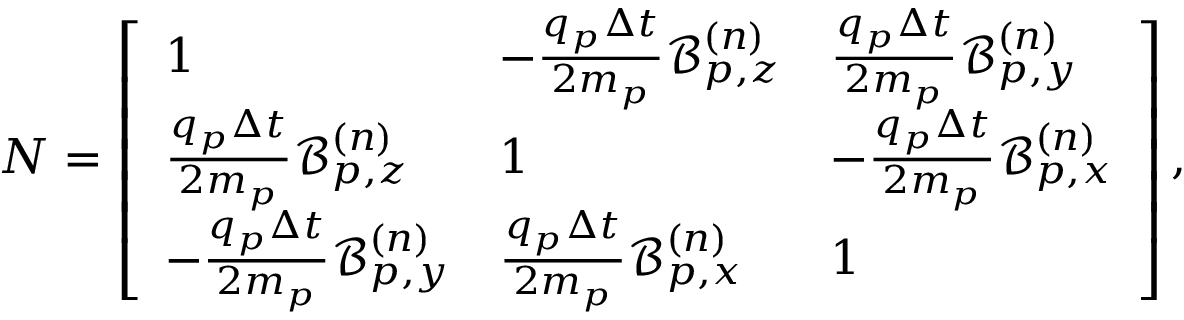
N = \left[ \begin{array} { l l l } { 1 } & { - \frac { q _ { p } \Delta t } { 2 m _ { p } } \mathcal { B } _ { p , z } ^ { ( n ) } } & { \frac { q _ { p } \Delta t } { 2 m _ { p } } \mathcal { B } _ { p , y } ^ { ( n ) } } \\ { \frac { q _ { p } \Delta t } { 2 m _ { p } } \mathcal { B } _ { p , z } ^ { ( n ) } } & { 1 } & { - \frac { q _ { p } \Delta t } { 2 m _ { p } } \mathcal { B } _ { p , x } ^ { ( n ) } } \\ { - \frac { q _ { p } \Delta t } { 2 m _ { p } } \mathcal { B } _ { p , y } ^ { ( n ) } } & { \frac { q _ { p } \Delta t } { 2 m _ { p } } \mathcal { B } _ { p , x } ^ { ( n ) } } & { 1 } \end{array} \right] ,